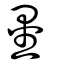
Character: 鑿